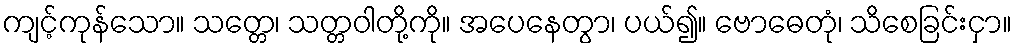
ကျင့်ကုန်သော။ သတ္တေ၊ သတ္တဝါတို့ကို။ အပေနေတွာ၊ ပယ်၍။ ဗောဓေတုံ၊ သိစေခြင်းငှာ။